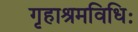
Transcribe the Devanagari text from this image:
गृहाश्रमविधिः